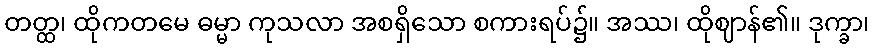
တတ္ထ၊ ထိုကတမေ ဓမ္မာ ကုသလာ အစရှိသော စကားရပ်၌။ အဿ၊ ထိုဈာန်၏။ ဒုက္ခာ၊